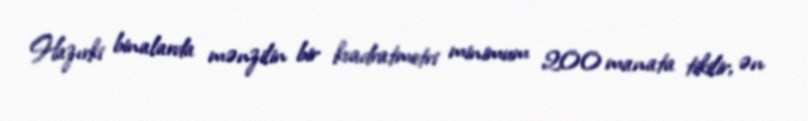
Hazırki binalarda mənzilin bir kvadratmetri minimum 200 manata tikilir, ən